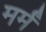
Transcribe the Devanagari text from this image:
मर्मं